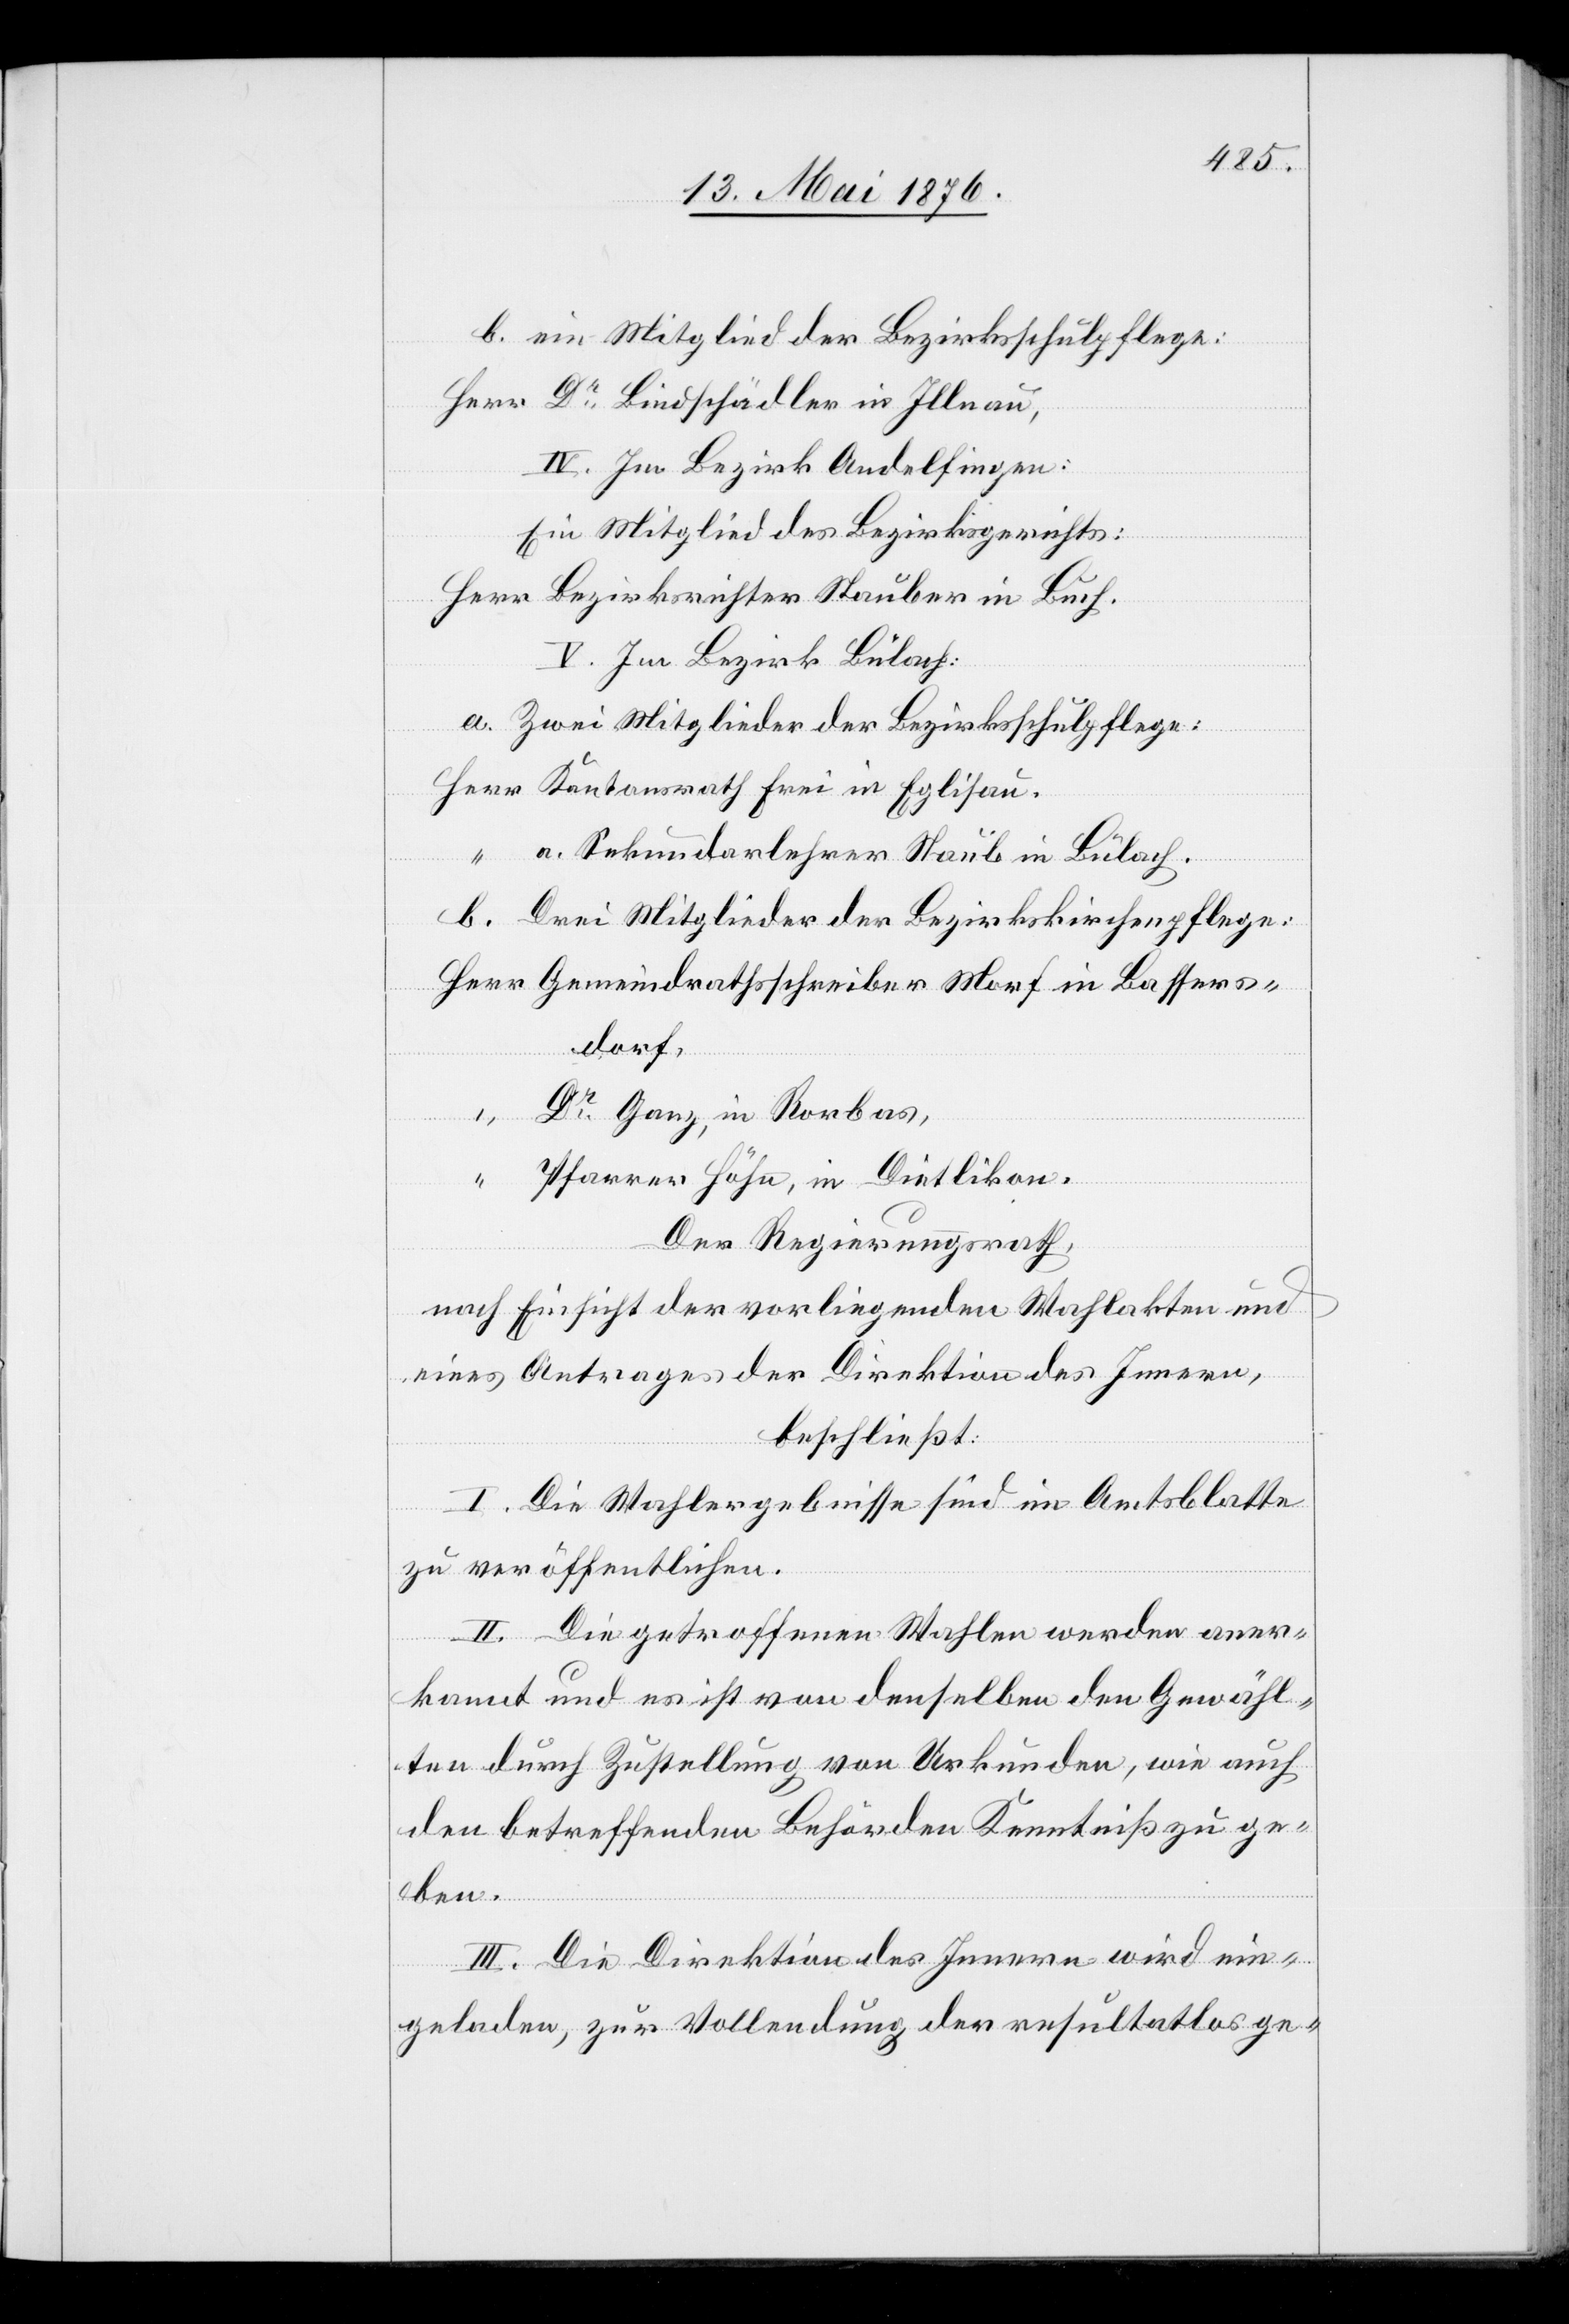
b. ein Mitglied der Bezirksschulpflege:
Herr Dr Bindschädler in Illnau,
IV. Im Bezirk Andelfingen:
Ein Mitglied des Bezirksgerichts:
Herr Bezirksrichter Stauber in Buch.
V. Im Bezirk Bülach:
a. Zwei Mitglieder der Bezirksschulpflege:
a. Sekundarlehrer Staub in Bülach.
b. Drei Mitglieder der Bezirkskirchenpflege:
Gemeindrathsschreiber Morf in Bassers¬
dorf,
Dr Ganz, in Rorbas,
Eglisau.
Pfarrer Höhe, in Dietlikon.
Der Regierungsrath,
nach Einsicht der vorliegenden Wahlakten und
eines Antrages der Direktion des Innern,
beschließt:
I. Die Wahlergebnisse sind im Amtsblatte
zu veröffentlichen.
II. Die getroffenen Wahlen werden aner¬
kannt und es ist von denselben den Gewähl¬
ten durch Zustellung von Urkunden, wie auch
den betreffenden Behörden Kenntniß zu ge¬
ben.
III. Die Direktion des Innern wird ein¬
geladen, zur Vollendung der resultatlos ge-